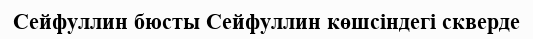
Сейфуллин бюсты Сейфуллин көшсіндегі скверде